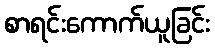
စာရင်းကောက်ယူခြင်း